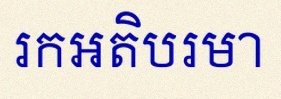
រកអតិបរមា